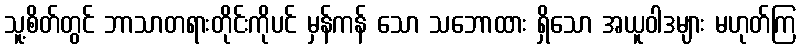
သူ့စိတ်တွင် ဘာသာတရားတိုင်းကိုပင် မှန်ကန် သော သဘောထား ရှိသော အယူဝါဒများ မဟုတ်ကြ